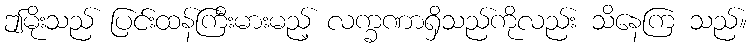
ဤမိုးသည် ပြင်းထန်ကြီးမားမည့် လက္ခဏာရှိသည်ကိုလည်း သိနေကြ သည်။